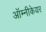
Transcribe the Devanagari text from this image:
ऑम्नीकेयर